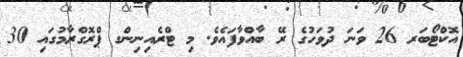
އޮކްޓޯބަރ 26 ވަނަ ދުވަހުގެ ރޭ ބާއްވާފައެވެ. މި ޓްރެއިނިންގ ޕްރޮގްރާމުގައި 30